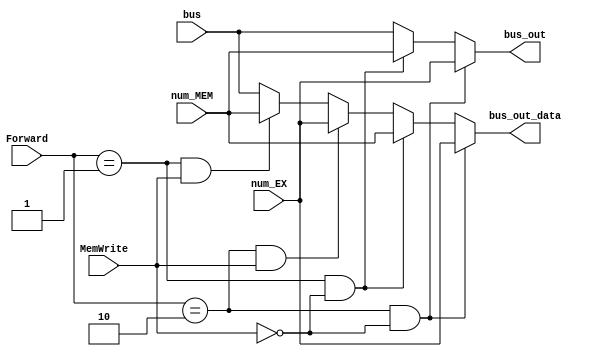
module MUX_forwardingB(input [31:0]bus,num_EX,num_MEM,input [1:0]Forward,
input MemWrite,output reg[31:0]bus_out,bus_out_data);
always@(*)begin
   if(Forward==2'b10&!MemWrite)begin bus_out=num_EX;bus_out_data=num_EX;end
   else if(Forward==2'b01&!MemWrite)begin bus_out=num_MEM;bus_out_data=num_MEM;end
   else if(Forward==2'b10&MemWrite)begin bus_out=bus;bus_out_data=num_EX;end
   else if(Forward==2'b01&MemWrite)begin bus_out=bus;bus_out_data=num_MEM;end
   else begin bus_out=bus;bus_out_data=bus;end
end
       //10:num_EX 01:num_MEM 00,11:bus
endmodule